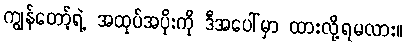
ကျွန်တော့်ရဲ့ အထုပ်အပိုးကို ဒီအပေါ်မှာ ထားလို့ရမလား။